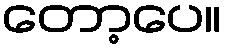
တော့ပေ။